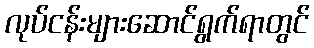
လုပ်ငန်းများဆောင်ရွက်ရာတွင်